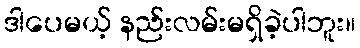
ဒါပေမယ့် နည်းလမ်းမရှိခဲ့ပါဘူး။